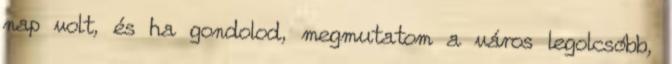
nap volt, és ha gondolod, megmutatom a város legolcsóbb,